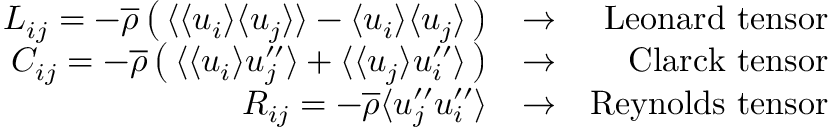
\begin{array} { r l r } { L _ { i j } = - \overline { { \rho } } \left( \, \langle { \langle u _ { i } \rangle \langle u _ { j } \rangle } \rangle - \langle u _ { i } \rangle \langle u _ { j } \rangle \, \right) } & { \rightarrow } & { \mathrm { L e o n a r d ~ t e n s o r } } \\ { C _ { i j } = - \overline { { \rho } } \left( \, \langle { \langle u _ { i } \rangle u _ { j } ^ { \prime \prime } } \rangle + \langle { \langle u _ { j } \rangle u _ { i } ^ { \prime \prime } } \rangle \, \right) } & { \rightarrow } & { \mathrm { C l a r c k ~ t e n s o r } } \\ { R _ { i j } = - \overline { { \rho } } \langle { u _ { j } ^ { \prime \prime } u _ { i } ^ { \prime \prime } } \rangle } & { \rightarrow } & { \mathrm { R e y n o l d s ~ t e n s o r } } \end{array}